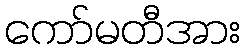
ကော်မတီအား